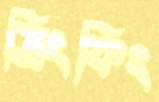
ড্রিংকিং